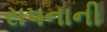
સપનાની